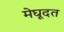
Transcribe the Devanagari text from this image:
मेघूदत